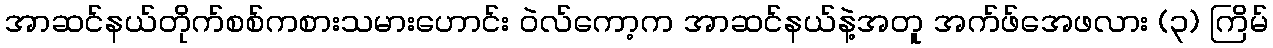
အာဆင်နယ်တိုက်စစ်ကစားသမားဟောင်း ဝဲလ်ကော့က အာဆင်နယ်နဲ့အတူ အက်ဖ်အေဖလား (၃) ကြိမ်